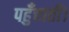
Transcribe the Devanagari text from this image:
पहुँचातीं।